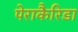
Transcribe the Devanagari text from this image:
पेराकैरिडा